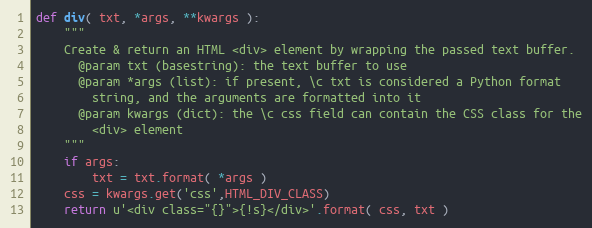
Language: Python
def div( txt, *args, **kwargs ):
    """
    Create & return an HTML <div> element by wrapping the passed text buffer.
      @param txt (basestring): the text buffer to use
      @param *args (list): if present, \c txt is considered a Python format
        string, and the arguments are formatted into it
      @param kwargs (dict): the \c css field can contain the CSS class for the
        <div> element
    """
    if args:
        txt = txt.format( *args )
    css = kwargs.get('css',HTML_DIV_CLASS)
    return u'<div class="{}">{!s}</div>'.format( css, txt )